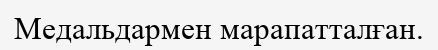
Медальдармен марапатталған.